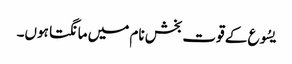
یسُوع کے قوت بخش نام میں مانگتا ہوں۔